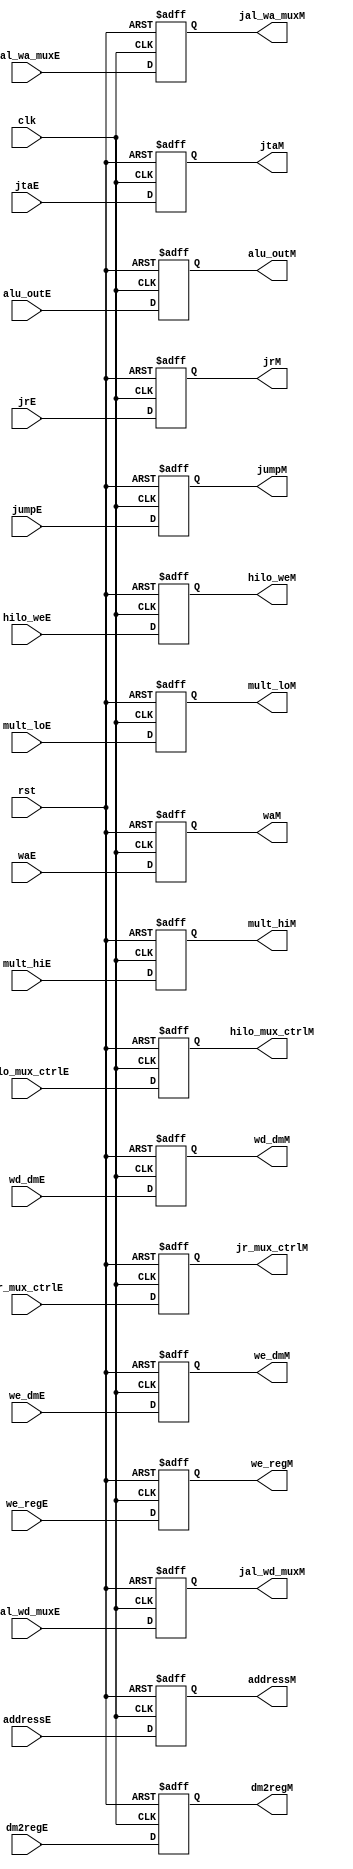
module M_Stage_Reg(
    input        clk, rst,
    input        jr_mux_ctrlE,
    input        jumpE,
    input        hilo_weE,
    input [1:0]  hilo_mux_ctrlE,
    input        dm2regE,
    input        we_dmE,
    input        we_regE,

    
    input [31:0] alu_outE,
    
    input [31:0] wd_dmE,
    
    input [31:0] mult_hiE,
    input [31:0] mult_loE,
    
    input [31:0] jrE,
    input [4:0]  waE,
    input        jal_wa_muxE,
    input        jal_wd_muxE,
    
    input [31:0] addressE,
    input [31:0] jtaE,

    output reg        jr_mux_ctrlM,
    output reg        jumpM,
    output reg        hilo_weM,
    output reg [1:0]  hilo_mux_ctrlM,
    output reg        dm2regM,
    output reg        we_dmM,
    output reg        we_regM,


    output reg [31:0] alu_outM,

    output reg [31:0] wd_dmM,

    output reg [31:0] mult_hiM,
    output reg [31:0] mult_loM,


    output reg [31:0] jrM,
    output reg [4:0]  waM,
    output reg        jal_wa_muxM,
    output reg        jal_wd_muxM,
    output reg [31:0] addressM,
    output reg [31:0] jtaM
    );

always @ (negedge clk, posedge rst) begin
    if (rst) begin
        jr_mux_ctrlM   <= 0;
        jumpM          <= 0;
        hilo_weM       <= 0;
        hilo_mux_ctrlM <= 0;
        dm2regM        <= 0;
        we_dmM         <= 0;
        we_regM        <= 0;
        alu_outM       <= 0;
        wd_dmM         <= 0;
        mult_hiM       <= 0;
        mult_loM       <= 0;
        jrM            <= 0;
        waM            <= 0;
        jal_wa_muxM    <= 0;
        jal_wd_muxM    <= 0;
        addressM       <= 0;
        jtaM           <= 0;
    end

    else begin
        jr_mux_ctrlM   <= jr_mux_ctrlE;
        jumpM          <= jumpE;
        hilo_weM       <= hilo_weE;
        hilo_mux_ctrlM <= hilo_mux_ctrlE;
        dm2regM        <= dm2regE;
        we_dmM         <= we_dmE;
        we_regM        <= we_regE;
        alu_outM       <= alu_outE;
        wd_dmM         <= wd_dmE;
        mult_hiM       <= mult_hiE;
        mult_loM       <= mult_loE;
        jrM            <= jrE;
        waM            <= waE;
        jal_wa_muxM    <= jal_wa_muxE;
        jal_wd_muxM    <= jal_wd_muxE;
        addressM       <= addressE;
        jtaM           <= jtaE;
    end
end
endmodule